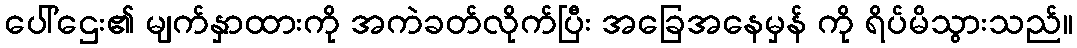
ပေါ်ဌေး၏ မျက်နှာထားကို အကဲခတ်လိုက်ပြီး အခြေအနေမှန် ကို ရိပ်မိသွားသည်။